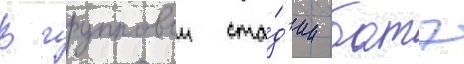
В групповои ста́д'ии батэ